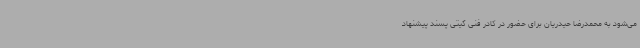
می‌شود به محمدرضا حیدریان برای حضور در کادر فنی گیتی پسند پیشنهاد